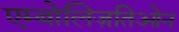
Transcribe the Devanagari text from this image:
एम्बोलिज़तिओन